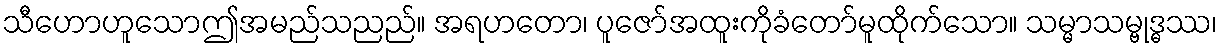
သီဟောဟူသောဤအမည်သညည်။ အရဟတော၊ ပူဇော်အထူးကိုခံတော်မူထိုက်သော။ သမ္မာသမ္ဗုဒ္ဓဿ၊